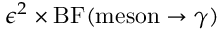
\epsilon ^ { 2 } \times \mathrm { B F } ( \mathrm { m e s o n } \rightarrow \gamma )